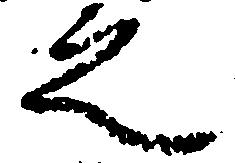
之